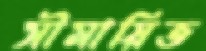
সীমায়িত